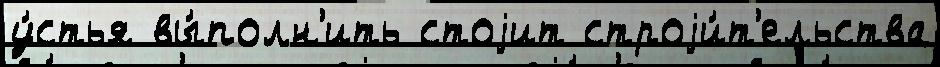
у́стья вы́полн'ить стоjит строjи́т'ельства